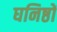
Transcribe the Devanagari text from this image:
घनिष्ठों